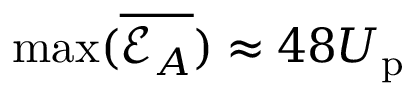
\operatorname* { m a x } ( \overline { { \mathcal { E } _ { A } } } ) \approx 4 8 U _ { \mathrm { p } }